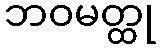
ဘဝမတ္ထု